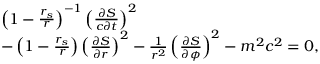
\begin{array} { l } { \left( 1 - \frac { r _ { s } } { r } \right) ^ { - 1 } \left( \frac { \partial S } { c \partial t } \right) ^ { 2 } } \\ { - \left( 1 - \frac { r _ { s } } { r } \right) \left( \frac { \partial S } { \partial r } \right) ^ { 2 } - \frac { 1 } { r ^ { 2 } } \left( \frac { \partial S } { \partial \phi } \right) ^ { 2 } - m ^ { 2 } c ^ { 2 } = 0 , } \end{array}